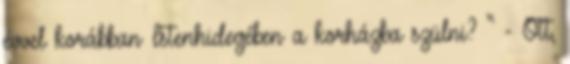
évvel korábban Istenhidegében a korházba szülni? “ - Ott,